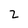
Character: 2